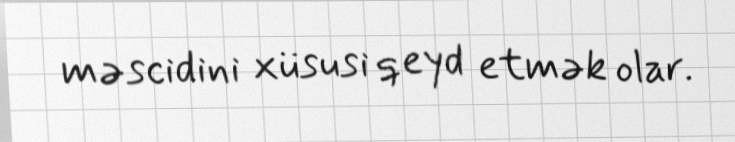
məscidini xüsusi qeyd etmək olar.